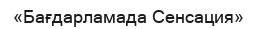
«Бағдарламада Сенсация»